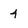
Character: 4